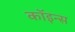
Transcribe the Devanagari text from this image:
कॉइन्स